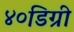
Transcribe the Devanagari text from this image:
४०डिग्री